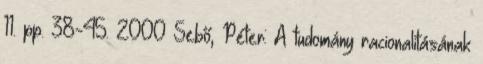
11. pp. 38-45. 2000 Sebő, Péter: A tudomány racionalitásának